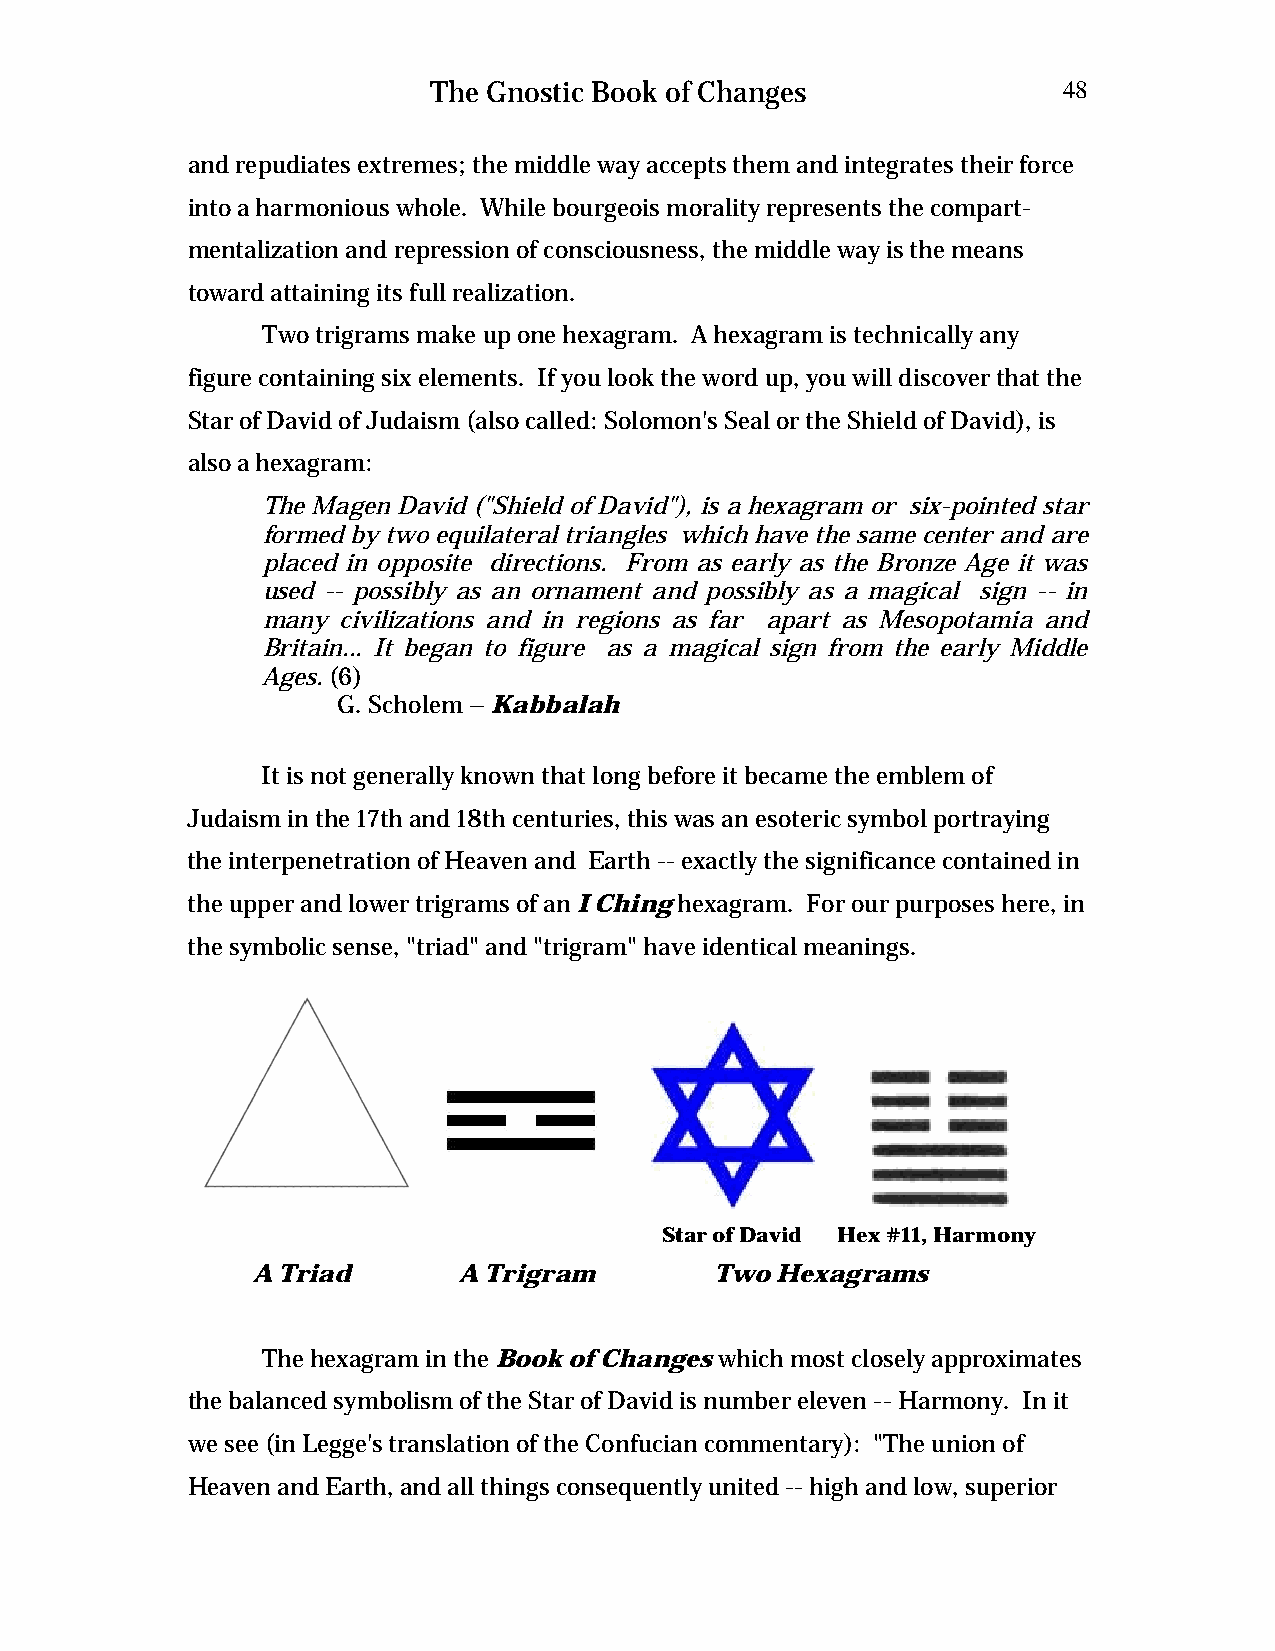
The Gnostic Book of Changes              48
 and repudiates extremes; the middle way accepts them and integrates their force
 into a harmonious whole. While bourgeois morality represents the compart-
 mentalization and repression of consciousness, the middle way is the means
 toward attaining its full realization.
 Two trigrams make up one hexagram. A hexagram is technically any
 figure containing six elements. If you look the word up, you will discover that the
 Star of David of Judaism (also called: Solomon's Seal or the Shield of David), is
 also a hexagram:
 The Magen David ("Shield of David"), is a hexagram or six-pointed star
 formed by two equilateral triangles which have the same center and are
 placed in opposite directions. From as early as the Bronze Age it was
 used -- possibly as an ornament and possibly as a magical sign -- in
 many civilizations and in regions as far apart as Mesopotamia and
 Britain... It began to figure as a magical sign from the early Middle
 Ages. (6)
 G. Scholem – Kabbalah
 It is not generally known that long before it became the emblem of
 Judaism in the 17th and 18th centuries, this was an esoteric symbol portraying
 the interpenetration of Heaven and Earth -- exactly the significance contained in
 the upper and lower trigrams of an I Ching hexagram. For our purposes here, in
 the symbolic sense, "triad" and "trigram" have identical meanings.
 Star of David Hex #11, Harmony
 A Triad      A Trigram        Two Hexagrams
 The hexagram in the Book of Changes which most closely approximates
 the balanced symbolism of the Star of David is number eleven -- Harmony. In it
 we see (in Legge's translation of the Confucian commentary): "The union of
 Heaven and Earth, and all things consequently united -- high and low, superior